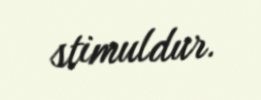
stimuldur.